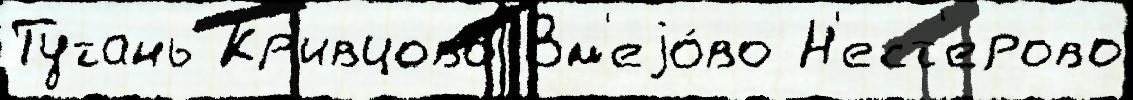
Тутань Кр'ивцово Зм'еjо́во Н'ест'ерово